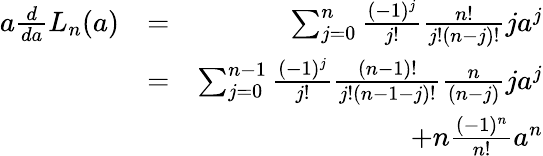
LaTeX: \begin{array}{rlr}{a\frac{d}{da}L_{n}(a)}&{=}&{\sum_{j=0}^{n}\frac{(-1)^{j}}{j!}\frac{n!}{j!(n-j)!}ja^{j}}\\ &{=}&{\sum_{j=0}^{n-1}\frac{(-1)^{j}}{j!}\frac{(n-1)!}{j!(n-1-j)!}\frac{n}{(n-j)}ja^{j}}\\ &{}&{+n\frac{(-1)^{n}}{n!}a^{n}}\end{array}